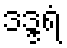
ဒဒ္ဒရံ